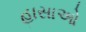
હાસાઓ